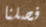
فصلنا